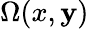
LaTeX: \Omega(x,\mathbf{y})